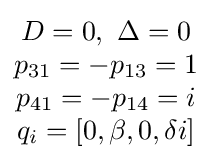
\scriptstyle {\begin{matrix}D=0,\ \Delta =0\\p_{31}=-p_{13}=1\\p_{41}=-p_{14}=i\\q_{i}=[0,\beta ,0,\delta i]\end{matrix}}